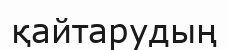
қайтарудың